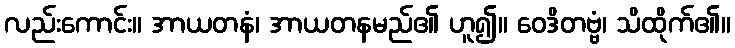
လည်းကောင်း။ အာယတနံ၊ အာယတနမည်၏ ဟူ၍။ ဝေဒိတဗ္ဗံ၊ သိထိုက်၏။